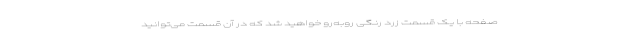
صفحه با یک قسمت زرد رنگی روبه‌رو خواهید شد که در آن قسمت می‌توانید